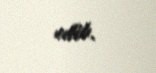
edib.